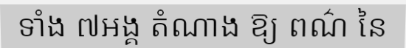
ទាំង ៧អង្គ តំណាង ឱ្យ ពណ៌ នៃ